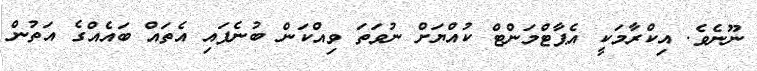
ނޫނެވެ. އިކްރާމަކީ އެޕާޓްމަންޓް ކުއްޔަށް ނުވަތަ ވިއްކަން ބުނެފައި އެތައް ބައެއްގެ އަތުން